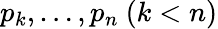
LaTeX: p_{k},\ldots,p_{n}\ (k<n)